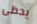
يحظى